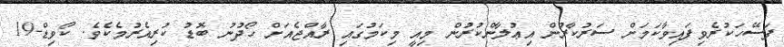
ފަސޭހަކުރެވިފައިވާކަމަށް ސަރުކާރުން އިޢުލާންކުރުން މިއީ މިކަމުގައި ރާއްޖެއަށް ހޯދުނު ބޮޑު ކުރިއެރުމެކެވެ. ކޯވިޑް-19